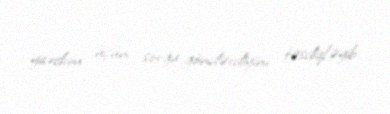
yardım üçün sorğu göndərdiyini təsdiqləyib.